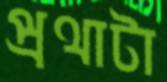
প্রথাটা